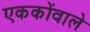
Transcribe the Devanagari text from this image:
एककोंवाले